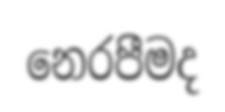
නෙරපීමද